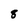
Character: 8